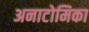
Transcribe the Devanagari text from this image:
अनाटोमिका